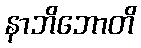
နာဘိဘောတိ